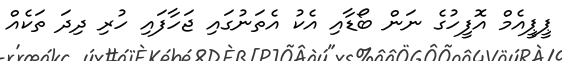
ޕީޕީއެމް އޮފީހުގެ ނަން ބޯޑާއި އެކު އެތަނުގައި ޖަހާފައި ހުރި ދިދަ ތަކެއް